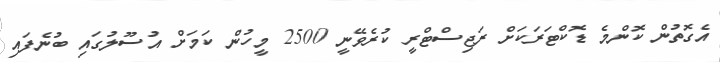
އެގޮތުން ކޮންމެ ޑޮކްޓަރަކަށް ރަޖިސްޓްރީ ކުރެވޭނީ 2500 މީހުން ކަމަށް އުސޫލުގައި ބުނެފައި